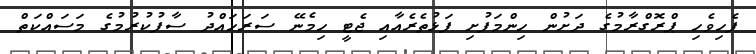
ފެހިވެހި ޕްރޮގްރާމުގެ ދަށުން ހިންމަފުށި ފަޅުތެރެއާއި ޖެޓީ ހިމެނޭ ސަރަހައްދު ސާފުކުރުމުގެ މަސައްކަތް